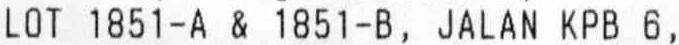
LOT 1851-A & 1851-B, JALAN KPB 6,